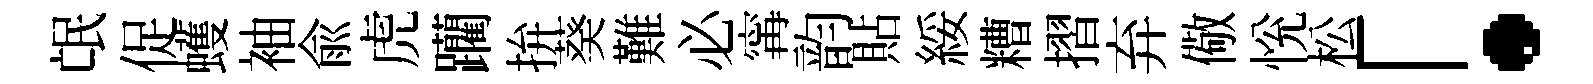
氓促蠖袖兪虎躪拚葵難必𡩋韵貼綏糟摺弃儆恱松「·